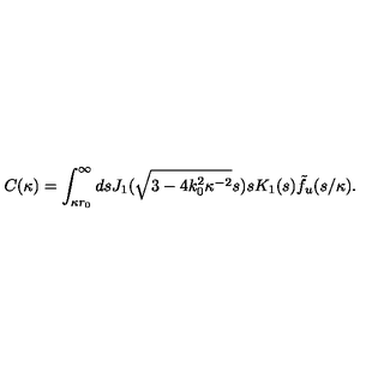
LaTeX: C ( \kappa ) = \int _ { \kappa r _ { 0 } } ^ { \infty } d s J _ { 1 } ( \sqrt { 3 - 4 k _ { 0 } ^ { 2 } \kappa ^ { - 2 } } s ) s K _ { 1 } ( s ) \tilde { f } _ { u } ( s / \kappa ) .